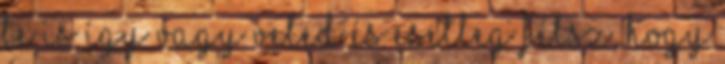
te is így vagy veled és esetleg félsz, hogy